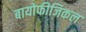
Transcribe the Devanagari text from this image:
बायोफीजिकल